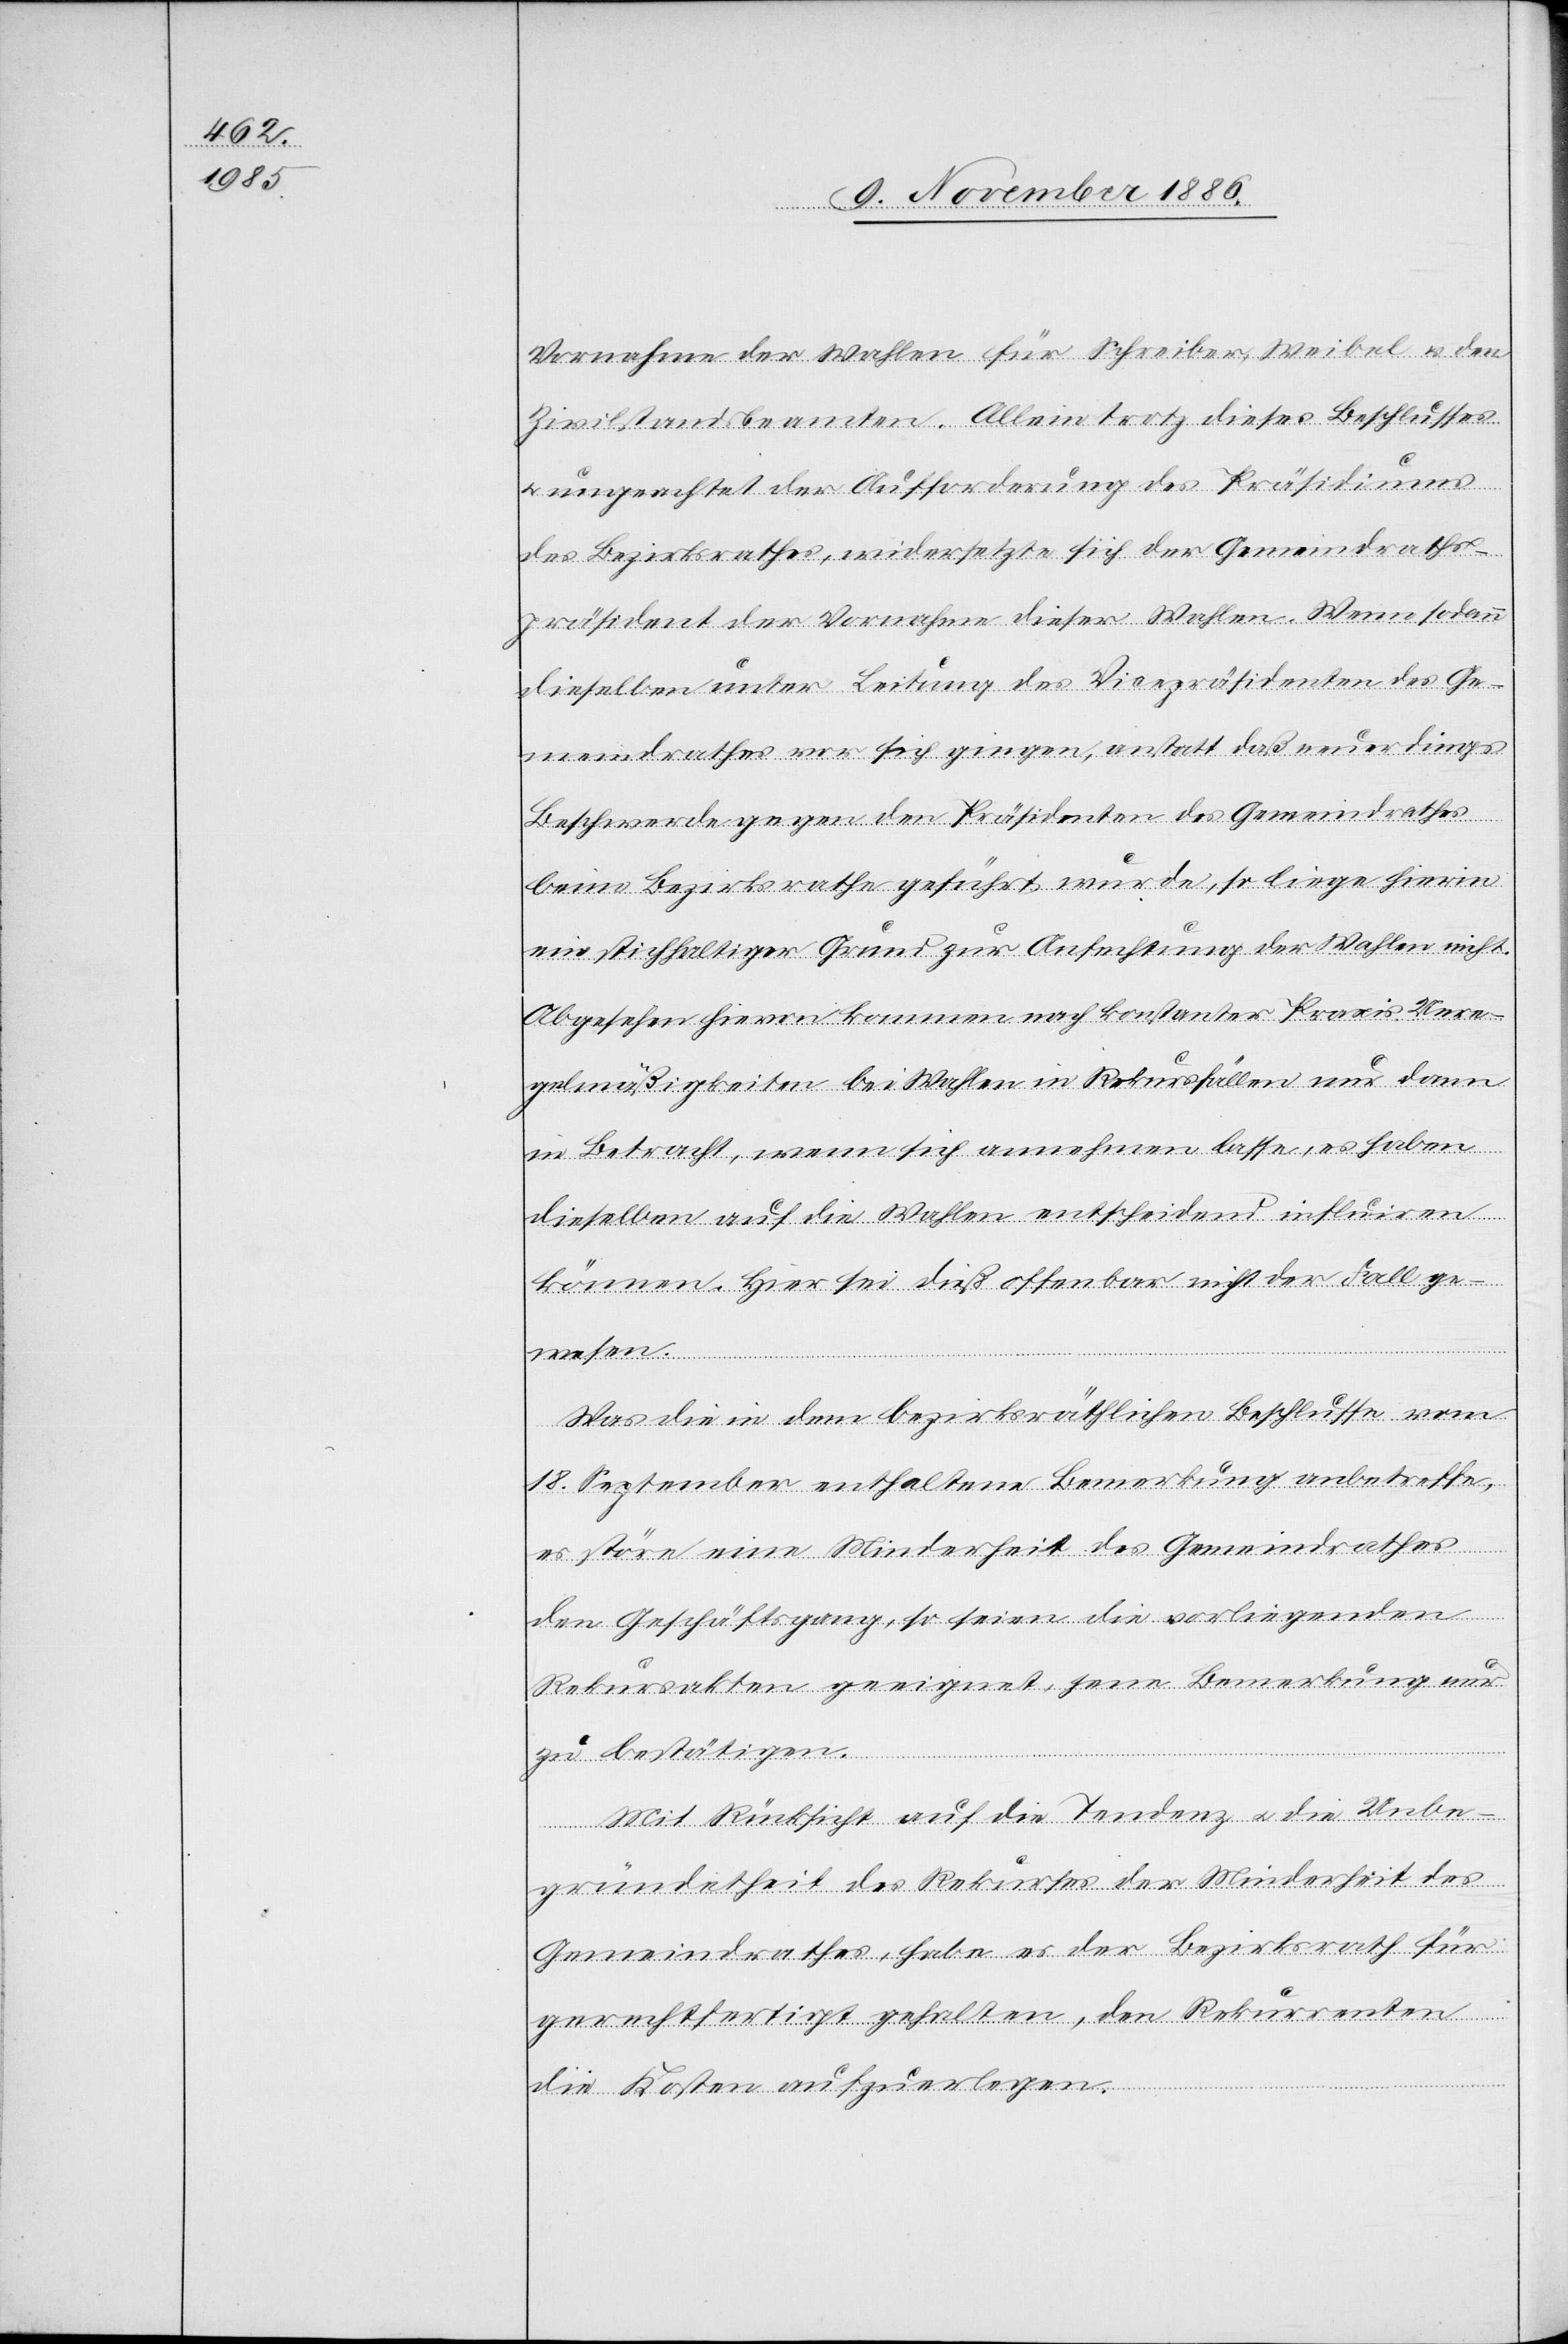
Vornahme der Wahlen für Schreiber Weibel & den
Zivilstandsbeamten. Allein trotz dieses Beschlusses
& ungeachtet der Aufforderung des Präsidiums
des Bezirksrathes, widersetzte sich der Gemeindraths¬
präsident der Vornahme dieser Wahlen. Wenn sodann
dieselben unter Leitung des Vicepräsidenten des Ge¬
meindrathes vor sich gingen, anstatt daß neuerdings
Beschwerde gegen den Präsidenten des Gemeindrathes
beim Bezirksrathe geführt wurde, so liege hierin
ein stichhaltiger Grund zur Anfechtung der Wahlen nicht.
Abgesehen hievon kommen nach konstanter Praxis Unre¬
gelmäßigkeiten bei Wahlen in Rekursfällen nur dann
in Betracht, wenn sich annehmen lasse, es haben
dieselben auf die Wahlen entscheidend influiren
können. Hier sei dieß offenbar nicht der Fall ge¬
wesen.
Was die in dem bezirksräthlichen Beschlusse vom
18. September enthaltene Bemerkung anbetreffe,
es störe eine Minderheit des Gemeindrathes
den Geschäftsgang, so seien die vorliegenden
Rekursakten geeignet, jene Bemerkung nur
zu bestätigen.
Mit Rücksicht auf die Tendenz & die Unbe¬
gründetheit des Rekurses der Minderheit des
Gemeindrathes, habe es der Bezirksrath für
gerechtfertigt gehalten, den Rekurrenten
die Kosten aufzuerlegen.